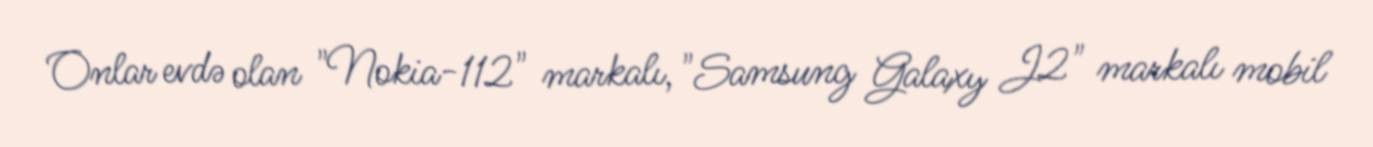
Onlar evdə olan "Nokia-112" markalı, "Samsung Galaxy J2" markalı mobil